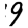
Digit: 9